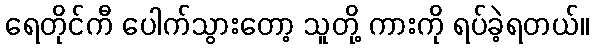
ရေတိုင်ကီ ပေါက်သွားတော့ သူတို့ ကားကို ရပ်ခဲ့ရတယ်။